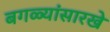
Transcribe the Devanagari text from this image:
बगळ्यांसारखे